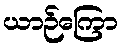
ယာဉ်ကြော